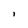
Character: i